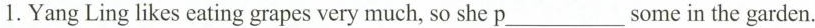
1. Yang Ling likes eating grapes very much, so she p___ some in the garden.